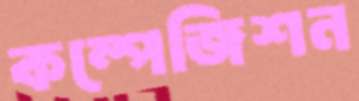
কম্পেজিশন